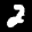
Label: 2